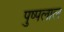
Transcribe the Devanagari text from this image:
पुष्पलाल